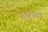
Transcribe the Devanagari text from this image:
पीढीच्या